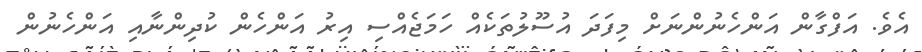
އެވެ. އަފްގާން އަންހެނުންނަށް މިފަދަ އުސޫލުތަކެއް ހަމަޖެއްސި އިރު އަންހެން ކުދިންނާއި އަންހެނުން